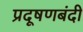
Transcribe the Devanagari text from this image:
प्रदूषणबंदी